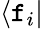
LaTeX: \langle\mathtt{f}_{i}|